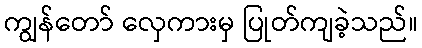
ကျွန်တော် လှေကားမှ ပြုတ်ကျခဲ့သည်။